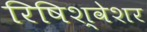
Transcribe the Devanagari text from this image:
रिषिश्वेशर